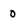
Character: 0